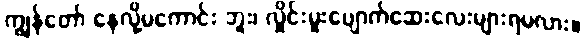
ကျွန်တော် နေလို့မကောင်း ဘူး၊ လှိုင်းမူးပျောက်ဆေးလေးများရမလား။